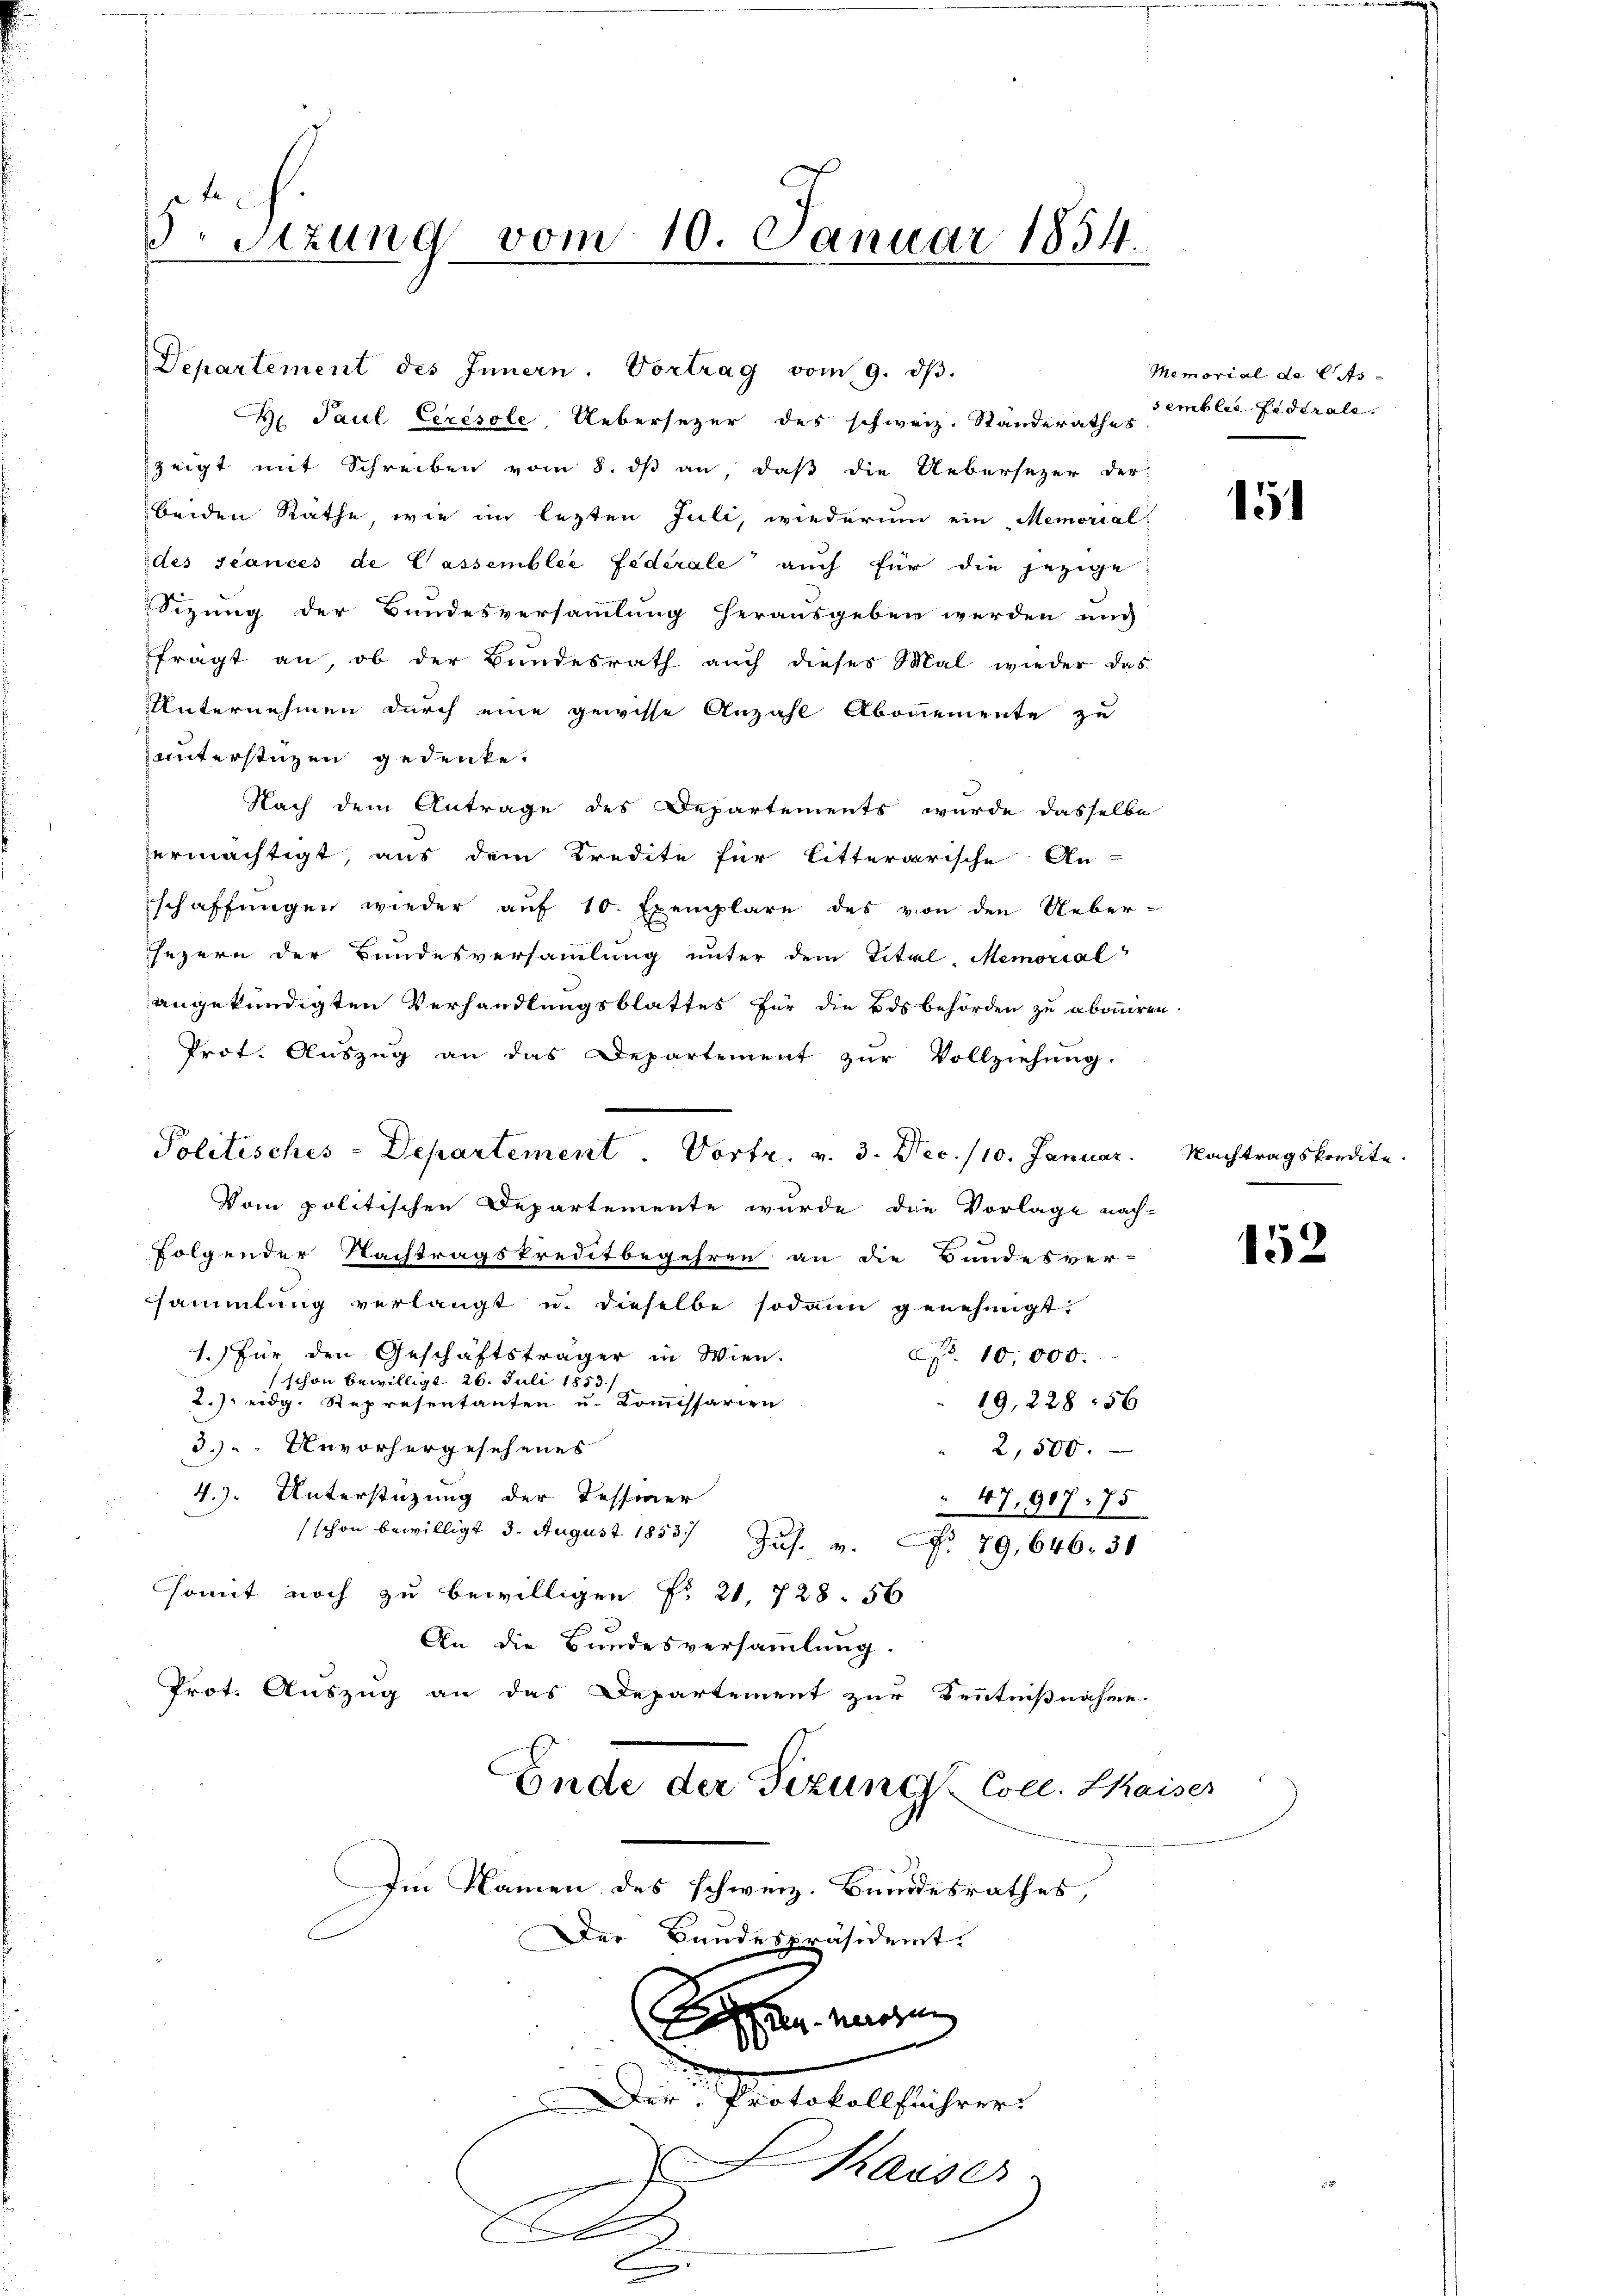
3. Sizung vom 10. Januar 1854

Departement des Innern. Vortrag vom 9. dβ.
zeigt mit Schreiben vom 8. dß an, daß die Uebersezer der
beiden Rathe wie im lezten Juli, wiederum ein Memorial-
des séances de Cassemblée Federale“ auch für die jezige
Sizung der Bundesversammlung herausgeben werden mich
fragt an, ob der Bundesrath auch dieses Mal wieder das
UUnternehmen durch eine gewisse Anzahl Abonemente zu
unterstüzen gedenke.
Nach dem Antrage des Departements wurde dasselbe
ermächtigt, aus dem Kredite für litterarische An-
schaffungen wieder auf 10. Exemplare des von den Ueber-
ezern der Bundesversammlung unter dem Titel-Memorial
angekündigten Verhandlungsblattes für die Bdsbehörden zu abonniren.
Prot. Auszug an das Departement zur Vollziehung.
Vom politischen Departemente wurde die Vorlage nach-
folgender Nachtragskreditbegehren an die Bundesver-
sammlung verlangt u. dieselbe sodann genehmigt:
1.) Für den Geschäftsträger in Wien.
No. 10,000.
schon bewilligt 26. Juli 1853.
2./. eidg. Representanten u. Kommissarien
19,228:56
3.) Unvorhergesehenes
" 2,500.
4.) Unterstüzung der Tessiner
47,907. 75
(schon bewilligt 3. August 1853./
Jus. v.
No 79,646. 31
somit noch zu bewilligen Fr. 21, 728. 56
An die Bundesversammlung.
Prot. Auszug an das Departement zur Kenntnißnahme.
Ende der Sizung Coll. Kaiser
Im Namen des schweiz. Bundesrathes,
Der Bandespräsident.
n werden
Der Protokollführer
Chauser.
J
.
.

Politisches-Departement. Vortr. v. 3. Dec. /10. Januar.

Paul Ceresole Uebersezer des schweiz. Standerathes

Memorial de l Assembler Federale.

15

Nachtragskredite.

152